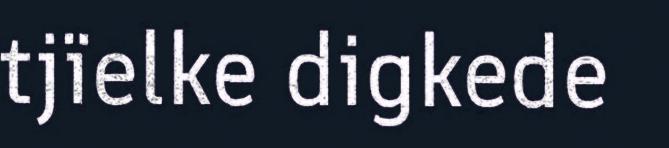
tjïelke digkede